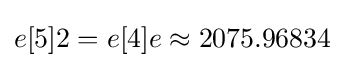
e[5]2=e[4]e\approx 2075.96834